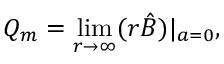
Q _ { m } = \operatorname * { l i m } _ { r \to \infty } ( r \hat { \cal B } ) | _ { a = 0 } ,